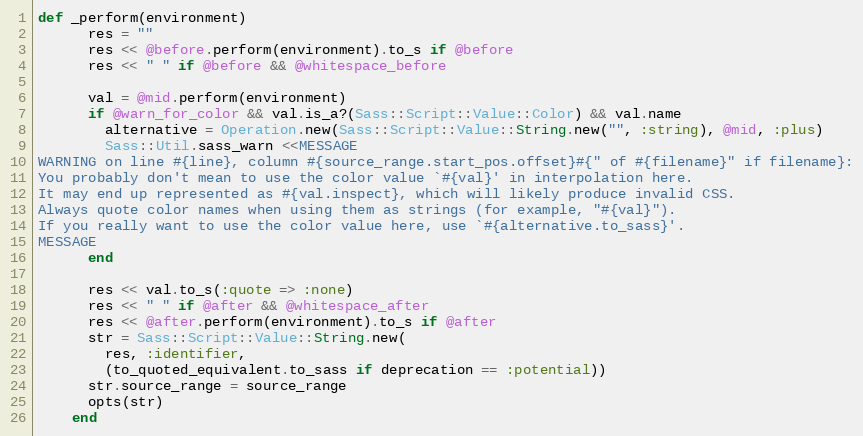
Language: Ruby
def _perform(environment)
      res = ""
      res << @before.perform(environment).to_s if @before
      res << " " if @before && @whitespace_before

      val = @mid.perform(environment)
      if @warn_for_color && val.is_a?(Sass::Script::Value::Color) && val.name
        alternative = Operation.new(Sass::Script::Value::String.new("", :string), @mid, :plus)
        Sass::Util.sass_warn <<MESSAGE
WARNING on line #{line}, column #{source_range.start_pos.offset}#{" of #{filename}" if filename}:
You probably don't mean to use the color value `#{val}' in interpolation here.
It may end up represented as #{val.inspect}, which will likely produce invalid CSS.
Always quote color names when using them as strings (for example, "#{val}").
If you really want to use the color value here, use `#{alternative.to_sass}'.
MESSAGE
      end

      res << val.to_s(:quote => :none)
      res << " " if @after && @whitespace_after
      res << @after.perform(environment).to_s if @after
      str = Sass::Script::Value::String.new(
        res, :identifier,
        (to_quoted_equivalent.to_sass if deprecation == :potential))
      str.source_range = source_range
      opts(str)
    end